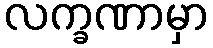
လက္ခဏာမှာ